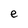
Character: e